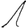
Digit: 1